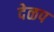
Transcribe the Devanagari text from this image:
देळप